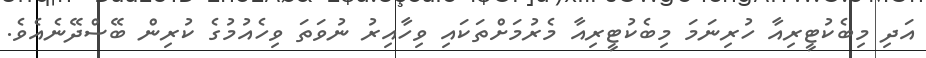
އަދި މިބެކުޓީރިއާ ހުރިނަމަ މިބެކުޓީރިއާ މެރުމަށްތަކައި ވިހާއިރު ނުވަތަ ވިހެއުމުގެ ކުރިން ބޭސްދޭނެއެވެ.